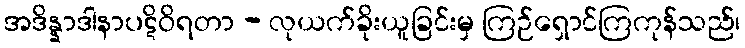
အဒိန္နာဒါနာပဋိဝိရတာ - လုယက်ခိုးယူခြင်းမှ ကြဉ်ရှောင်ကြကုန်သည်၊